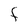
Character: F